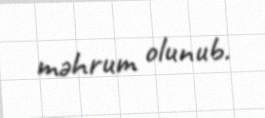
məhrum olunub.